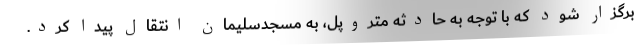
برگزار شود که با توجه به حادثه متروپل، به مسجدسلیمان انتقال پیدا کرد.